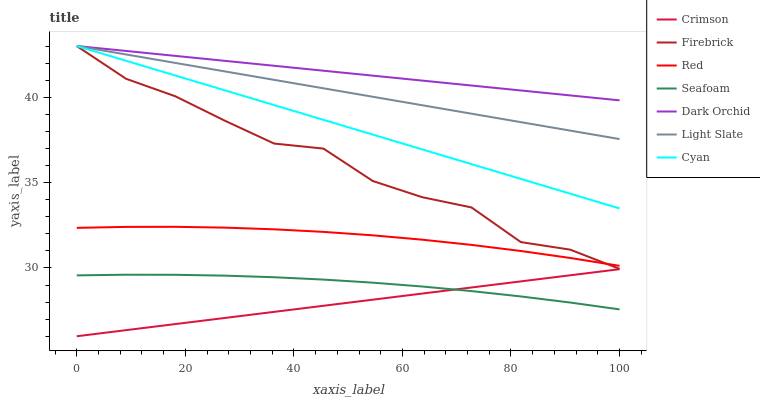
| xaxis_label | Crimson | Firebrick | Red | Seafoam | Dark Orchid | Light Slate | Cyan |
 | --- | --- | --- | --- | --- | --- | --- | --- |
 | 0 | 26 | 43 | 32.3 | 29.6 | 43 | 43 | 43 |
 | 9.09 | 26.4 | 41.1 | 32.4 | 29.6 | 42.7 | 42.5 | 42.1 |
 | 18.2 | 26.7 | 40.1 | 32.4 | 29.6 | 42.4 | 42 | 41.3 |
 | 27.3 | 27.1 | 38.6 | 32.4 | 29.5 | 42.1 | 41.5 | 40.4 |
 | 36.4 | 27.4 | 37.3 | 32.3 | 29.5 | 41.8 | 41 | 39.5 |
 | 45.5 | 27.8 | 37 | 32.1 | 29.3 | 41.6 | 40.5 | 38.7 |
 | 54.5 | 28.1 | 35.1 | 31.9 | 29.1 | 41.3 | 40 | 37.8 |
 | 63.6 | 28.5 | 34.1 | 31.7 | 28.9 | 41 | 39.5 | 36.9 |
 | 72.7 | 28.9 | 33.5 | 31.4 | 28.6 | 40.7 | 39 | 36.1 |
 | 81.8 | 29.2 | 31.5 | 31 | 28.3 | 40.4 | 38.5 | 35.2 |
 | 90.9 | 29.6 | 31.1 | 30.6 | 28 | 40.1 | 38 | 34.4 |
 | 100 | 29.9 | 29.9 | 30.1 | 27.6 | 39.8 | 37.5 | 33.5 |